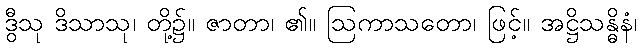
ဒွီသု ဒိသာသု၊ တို့၌။ ဇာတာ၊ ၏။ ဩကာသတော၊ ဖြင့်။ အဋ္ဌိသန္ဓိနံ၊